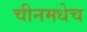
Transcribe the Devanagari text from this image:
चीनमधेच